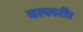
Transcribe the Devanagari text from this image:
वल्लरी।